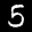
Label: 5